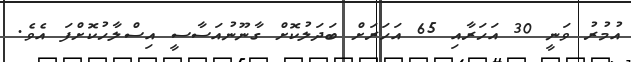
އުމުރު ވަނީ 30 އަހަރާއި 65 އަހަރަށް ބަދަލުކޮށް ގާނޫނުއަސާސީ އިސްލާހުކޮށްފަ އެވެ.